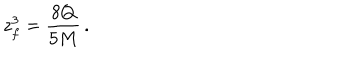
LaTeX: z _ { f } ^ { 3 } = { \frac { 8 Q } { 5 M } } \, .